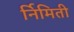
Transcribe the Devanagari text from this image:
र्निमिती